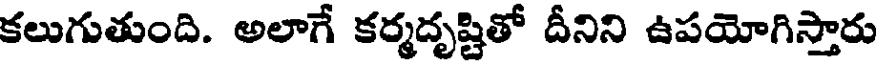
కలుగుతుంది. అలాగే కర్మదృష్టితో దీనిని ఉపయోగిస్తారు